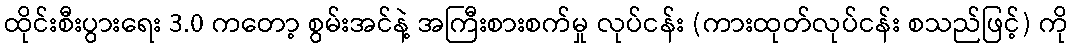
ထိုင်းစီးပွားရေး 3.0 ကတော့ စွမ်းအင်နဲ့ အကြီးစားစက်မှု လုပ်ငန်း (ကားထုတ်လုပ်ငန်း စသည်ဖြင့်) ကို